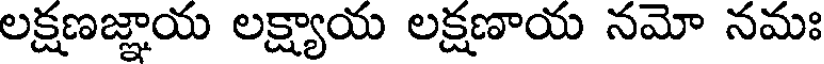
లక్షణజ్ఞాయ లక్ష్యాయ లక్షణాయ నమో నమః